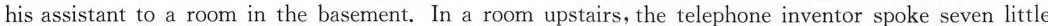
his assistant to a room in the basement. In a room upstairs, the telephone inventor spoke seven little